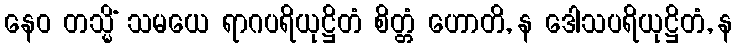
နေဝ တသ္မိံ သမယေ ရာဂပရိယုဋ္ဌိတံ စိတ္တံ ဟောတိ, န ဒေါသပရိယုဋ္ဌိတံ, န